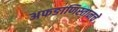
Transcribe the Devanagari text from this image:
अफङाणिस्तानचे